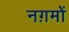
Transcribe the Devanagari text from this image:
नग़मों